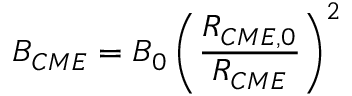
B _ { C M E } = B _ { 0 } \left( \frac { R _ { C M E , 0 } } { R _ { C M E } } \right) ^ { 2 }